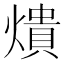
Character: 𤏳